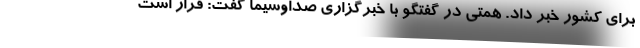
برای کشور خبر داد. همتی در گفتگو با خبرگزاری صداوسیما گفت: قرار است